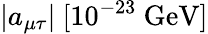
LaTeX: |a_{\mu\tau}|~[10^{-23}~\mathrm{{GeV}]}